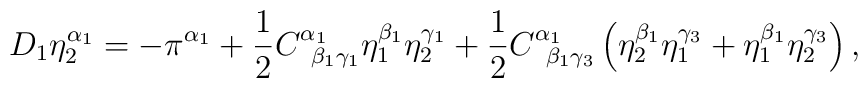
D_1\eta _2^{\alpha _1}=-\pi ^{\alpha _1}+\frac 12C_{\;\;\beta_1\gamma _1}^{\alpha _1}\eta _1^{\beta _1}\eta _2^{\gamma _1}+\frac12C_{\;\;\beta _1\gamma _3}^{\alpha _1}\left( \eta _2^{\beta _1}\eta_1^{\gamma _3}+\eta _1^{\beta _1}\eta _2^{\gamma _3}\right) ,